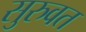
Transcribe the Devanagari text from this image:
सुरुवत